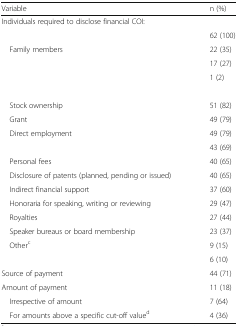
<table><thead><tr><td><b>Variable</b></td><td><b>n (%)</b></td></tr></thead><tbody><tr><td colspan="2">Individuals required to disclose financial COI:</td></tr><tr><td>[EMPTY_CELL]</td><td>62 (100)</td></tr><tr><td> Family members</td><td>22 (35)</td></tr><tr><td>[EMPTY_CELL]</td><td>17 (27)</td></tr><tr><td>[EMPTY_CELL]</td><td>1 (2)</td></tr><tr><td colspan="2">[EMPTY_CELL]</td></tr><tr><td> Stock ownership</td><td>51 (82)</td></tr><tr><td> Grant</td><td>49 (79)</td></tr><tr><td> Direct employment</td><td>49 (79)</td></tr><tr><td>[EMPTY_CELL]</td><td>43 (69)</td></tr><tr><td> Personal fees</td><td>40 (65)</td></tr><tr><td> Disclosure of patents (planned, pending or issued)</td><td>40 (65)</td></tr><tr><td> Indirect financial support</td><td>37 (60)</td></tr><tr><td> Honoraria for speaking, writing or reviewing</td><td>29 (47)</td></tr><tr><td> Royalties</td><td>27 (44)</td></tr><tr><td> Speaker bureaus or board membership</td><td>23 (37)</td></tr><tr><td> Other<sup>c</sup></td><td>9 (15)</td></tr><tr><td>[EMPTY_CELL]</td><td>6 (10)</td></tr><tr><td>Source of payment</td><td>44 (71)</td></tr><tr><td>Amount of payment</td><td>11 (18)</td></tr><tr><td> Irrespective of amount</td><td>7 (64)</td></tr><tr><td> For amounts above a specific cut-off value<sup>d</sup></td><td>4 (36)</td></tr></tbody></table>